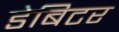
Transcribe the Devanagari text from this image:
डेबिटर